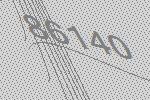
86140